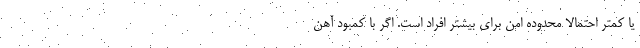
یا کمتر احتمالا محدوده امن برای بیشتر افراد است. اگر با کمبود آهن